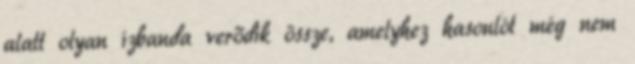
alatt olyan ízbanda verődik össze, amelyhez hasonlót még nem